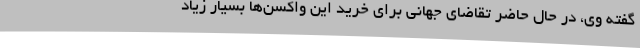
گفته وی، در حال حاضر تقاضای جهانی برای خرید این واکسن‌ها بسیار زیاد